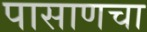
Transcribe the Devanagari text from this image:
पासाणचा